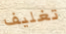
تغليف